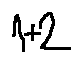
1 + 2